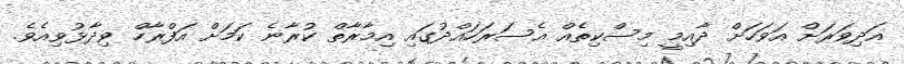
އަދިވަރަށް އަވަހަށް ދާއިމީ މިސްކިތެއް އެސަރަހައްދުގައި އިމާރާތް ކުރާނެ ކަމަށް އަފްރާހް ވިދާޅުވިއެވެ.